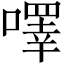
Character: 㘁